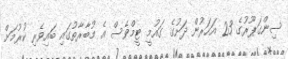
ސިންގަޕޫރުގެ 23 އަހަރުން ދަށުގެ ގައުމީ ޓީމްވެސް އެ މުބާރާތުގައި ބައިވެރި ކުރުމަށް